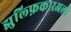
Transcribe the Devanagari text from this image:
झुल्फ़िकारअली